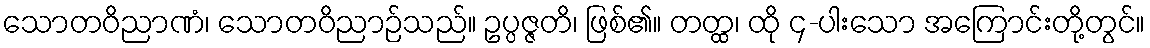
သောတဝိညာဏံ၊ သောတဝိညာဉ်သည်။ ဥပ္ပဇ္ဇတိ၊ ဖြစ်၏။ တတ္ထ၊ ထို ၄-ပါးသော အကြောင်းတို့တွင်။